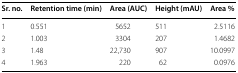
<table><thead><tr><td><b>Sr. no.</b></td><td><b>Retention time (min)</b></td><td><b>Area (AUC)</b></td><td><b>Height (mAU)</b></td><td><b>Area %</b></td></tr></thead><tbody><tr><td>1</td><td>0.551</td><td>5652</td><td>511</td><td>2.5116</td></tr><tr><td>2</td><td>1.003</td><td>3304</td><td>207</td><td>1.4682</td></tr><tr><td>3</td><td>1.48</td><td>22,730</td><td>907</td><td>10.0997</td></tr><tr><td>4</td><td>1.963</td><td>220</td><td>62</td><td>0.0976</td></tr></tbody></table>